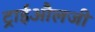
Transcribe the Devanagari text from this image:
ट्राईऔलजी